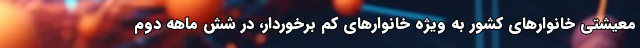
معیشتی خانوارهای کشور به ویژه خانوارهای کم برخوردار، در شش ماهه دوم